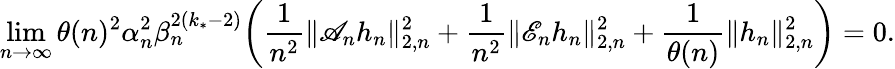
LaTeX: \operatorname*{lim}_{n\to\infty}\theta(n)^{2}\alpha_{n}^{2}\beta_{n}^{2(k_{*}-2)}\bigg(\frac{1}{n^{2}}\| \mathscr{A}_{n}h_{n}\| _{2,n}^{2}+\frac{1}{n^{2}}\| \mathscr{E}_{n}h_{n}\| _{2,n}^{2}+\frac{1}{\theta(n)}\| h_{n}\| _{2,n}^{2}\bigg)=0.